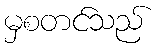
မှစတင်သည်